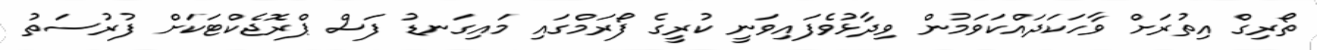
ތޯރިގް އިތުރަށް ވާހަކަދައްކަވަމުން ވިދާޅުވެފައިވަނީ ކުރީގެ ފޯރަމްގައި މައިގަނޑު ފަސް ޕްރޮޖެކްޓަކަށް ފުރުސަތު